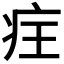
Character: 𭼆